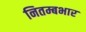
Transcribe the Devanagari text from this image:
नितम्बभार